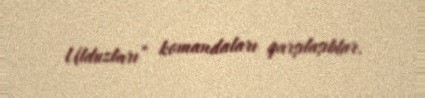
Ulduzları” komandaları qarşılaşıblar.